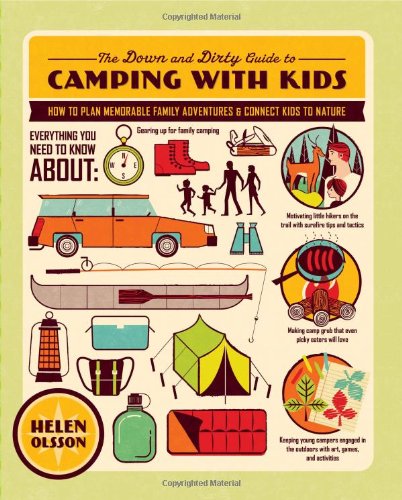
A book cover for The Down and Dirty Guide to Camping with Kids: How to Plan Memorable Family Adventures and Connect Kids to Nature; Helen Olsson; Sports & Outdoors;